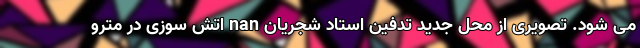
می شود. تصویری از محل جدید تدفین استاد شجریان nan اتش سوزی در مترو